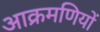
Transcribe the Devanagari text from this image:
आक्रमणियों